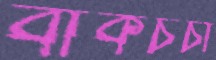
বাকচর্চা